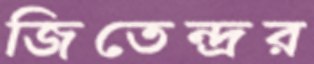
জিতেন্দ্রর